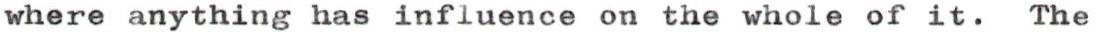
where anything has influence on the whole of it. The